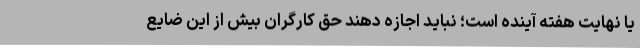
یا نهایت هفته آینده است؛ نباید اجازه دهند حق کارگران بیش از این ضایع